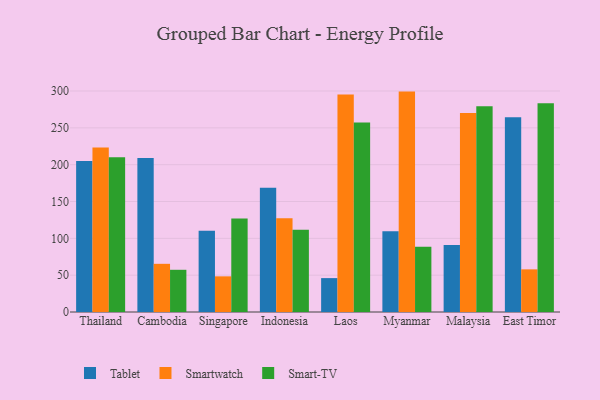
{"axis": {"x": "Country", "y": "Page Views"}, "legend": ["Smart-TV", "Smartwatch", "Tablet"], "data": [{"x": "Thailand", "y": 205.1, "type": "Tablet"}, {"x": "Thailand", "y": 223.2, "type": "Smartwatch"}, {"x": "Thailand", "y": 210.0, "type": "Smart-TV"}, {"x": "Cambodia", "y": 209.1, "type": "Tablet"}, {"x": "Cambodia", "y": 65.4, "type": "Smartwatch"}, {"x": "Cambodia", "y": 57.3, "type": "Smart-TV"}, {"x": "Singapore", "y": 110.2, "type": "Tablet"}, {"x": "Singapore", "y": 48.4, "type": "Smartwatch"}, {"x": "Singapore", "y": 127.0, "type": "Smart-TV"}, {"x": "Indonesia", "y": 168.7, "type": "Tablet"}, {"x": "Indonesia", "y": 127.2, "type": "Smartwatch"}, {"x": "Indonesia", "y": 111.7, "type": "Smart-TV"}, {"x": "Laos", "y": 46.0, "type": "Tablet"}, {"x": "Laos", "y": 295.4, "type": "Smartwatch"}, {"x": "Laos", "y": 257.2, "type": "Smart-TV"}, {"x": "Myanmar", "y": 109.7, "type": "Tablet"}, {"x": "Myanmar", "y": 299.2, "type": "Smartwatch"}, {"x": "Myanmar", "y": 88.5, "type": "Smart-TV"}, {"x": "Malaysia", "y": 90.8, "type": "Tablet"}, {"x": "Malaysia", "y": 270.2, "type": "Smartwatch"}, {"x": "Malaysia", "y": 279.3, "type": "Smart-TV"}, {"x": "East Timor", "y": 264.4, "type": "Tablet"}, {"x": "East Timor", "y": 57.9, "type": "Smartwatch"}, {"x": "East Timor", "y": 283.4, "type": "Smart-TV"}]}